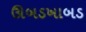
ઊબડખાબડ